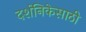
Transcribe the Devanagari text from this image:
दर्शनिकेसाठी